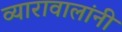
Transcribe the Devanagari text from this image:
व्यारावालांनी